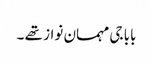
بابا جی مہمان نواز تھے ۔